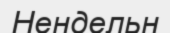
Нендельн